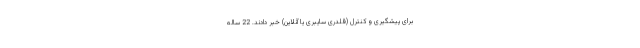
برای پیشگیری و کنترل (قلدری سایبری یا آنلاین) خبر دادند. 22 ساله